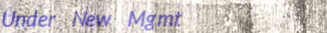
Under New Mgmt